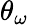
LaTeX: \theta_{\omega}